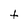
Character: t